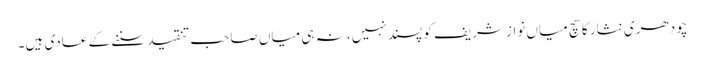
چودھری نثار کا سچ میاں نواز شریف کو پسند نہیں، نہ ہی میاں صاحب تنقید سننے کے عادی ہیں۔